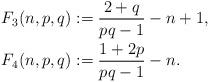
LaTeX: \begin{align*}F_3(n,p,q)&:= \frac{2+q}{pq-1}-n+1,\\F_4(n,p,q)&:= \frac{1+2p}{pq-1}-n.\end{align*}